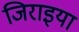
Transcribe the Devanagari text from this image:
जिराइया